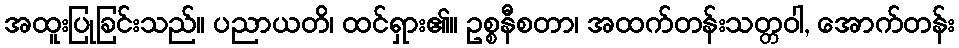
အထူးပြုခြင်းသည်။ ပညာယတိ၊ ထင်ရှား၏။ ဥစ္စနီစတာ၊ အထက်တန်းသတ္တဝါ, အောက်တန်း